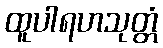
ထူပါရဟသုတ္တံ